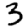
Digit: 3